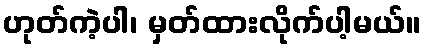
ဟုတ်ကဲ့ပါ၊ မှတ်ထားလိုက်ပါ့မယ်။